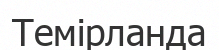
Темірланда